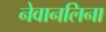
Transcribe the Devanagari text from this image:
नेवानलिना